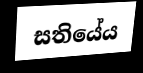
සතියේය